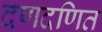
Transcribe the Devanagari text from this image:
दणदणित